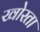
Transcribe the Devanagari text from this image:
खोरता